65_HS1-834228961_62-HQ-83894_Serial_164
Agency: FBI
Page 58
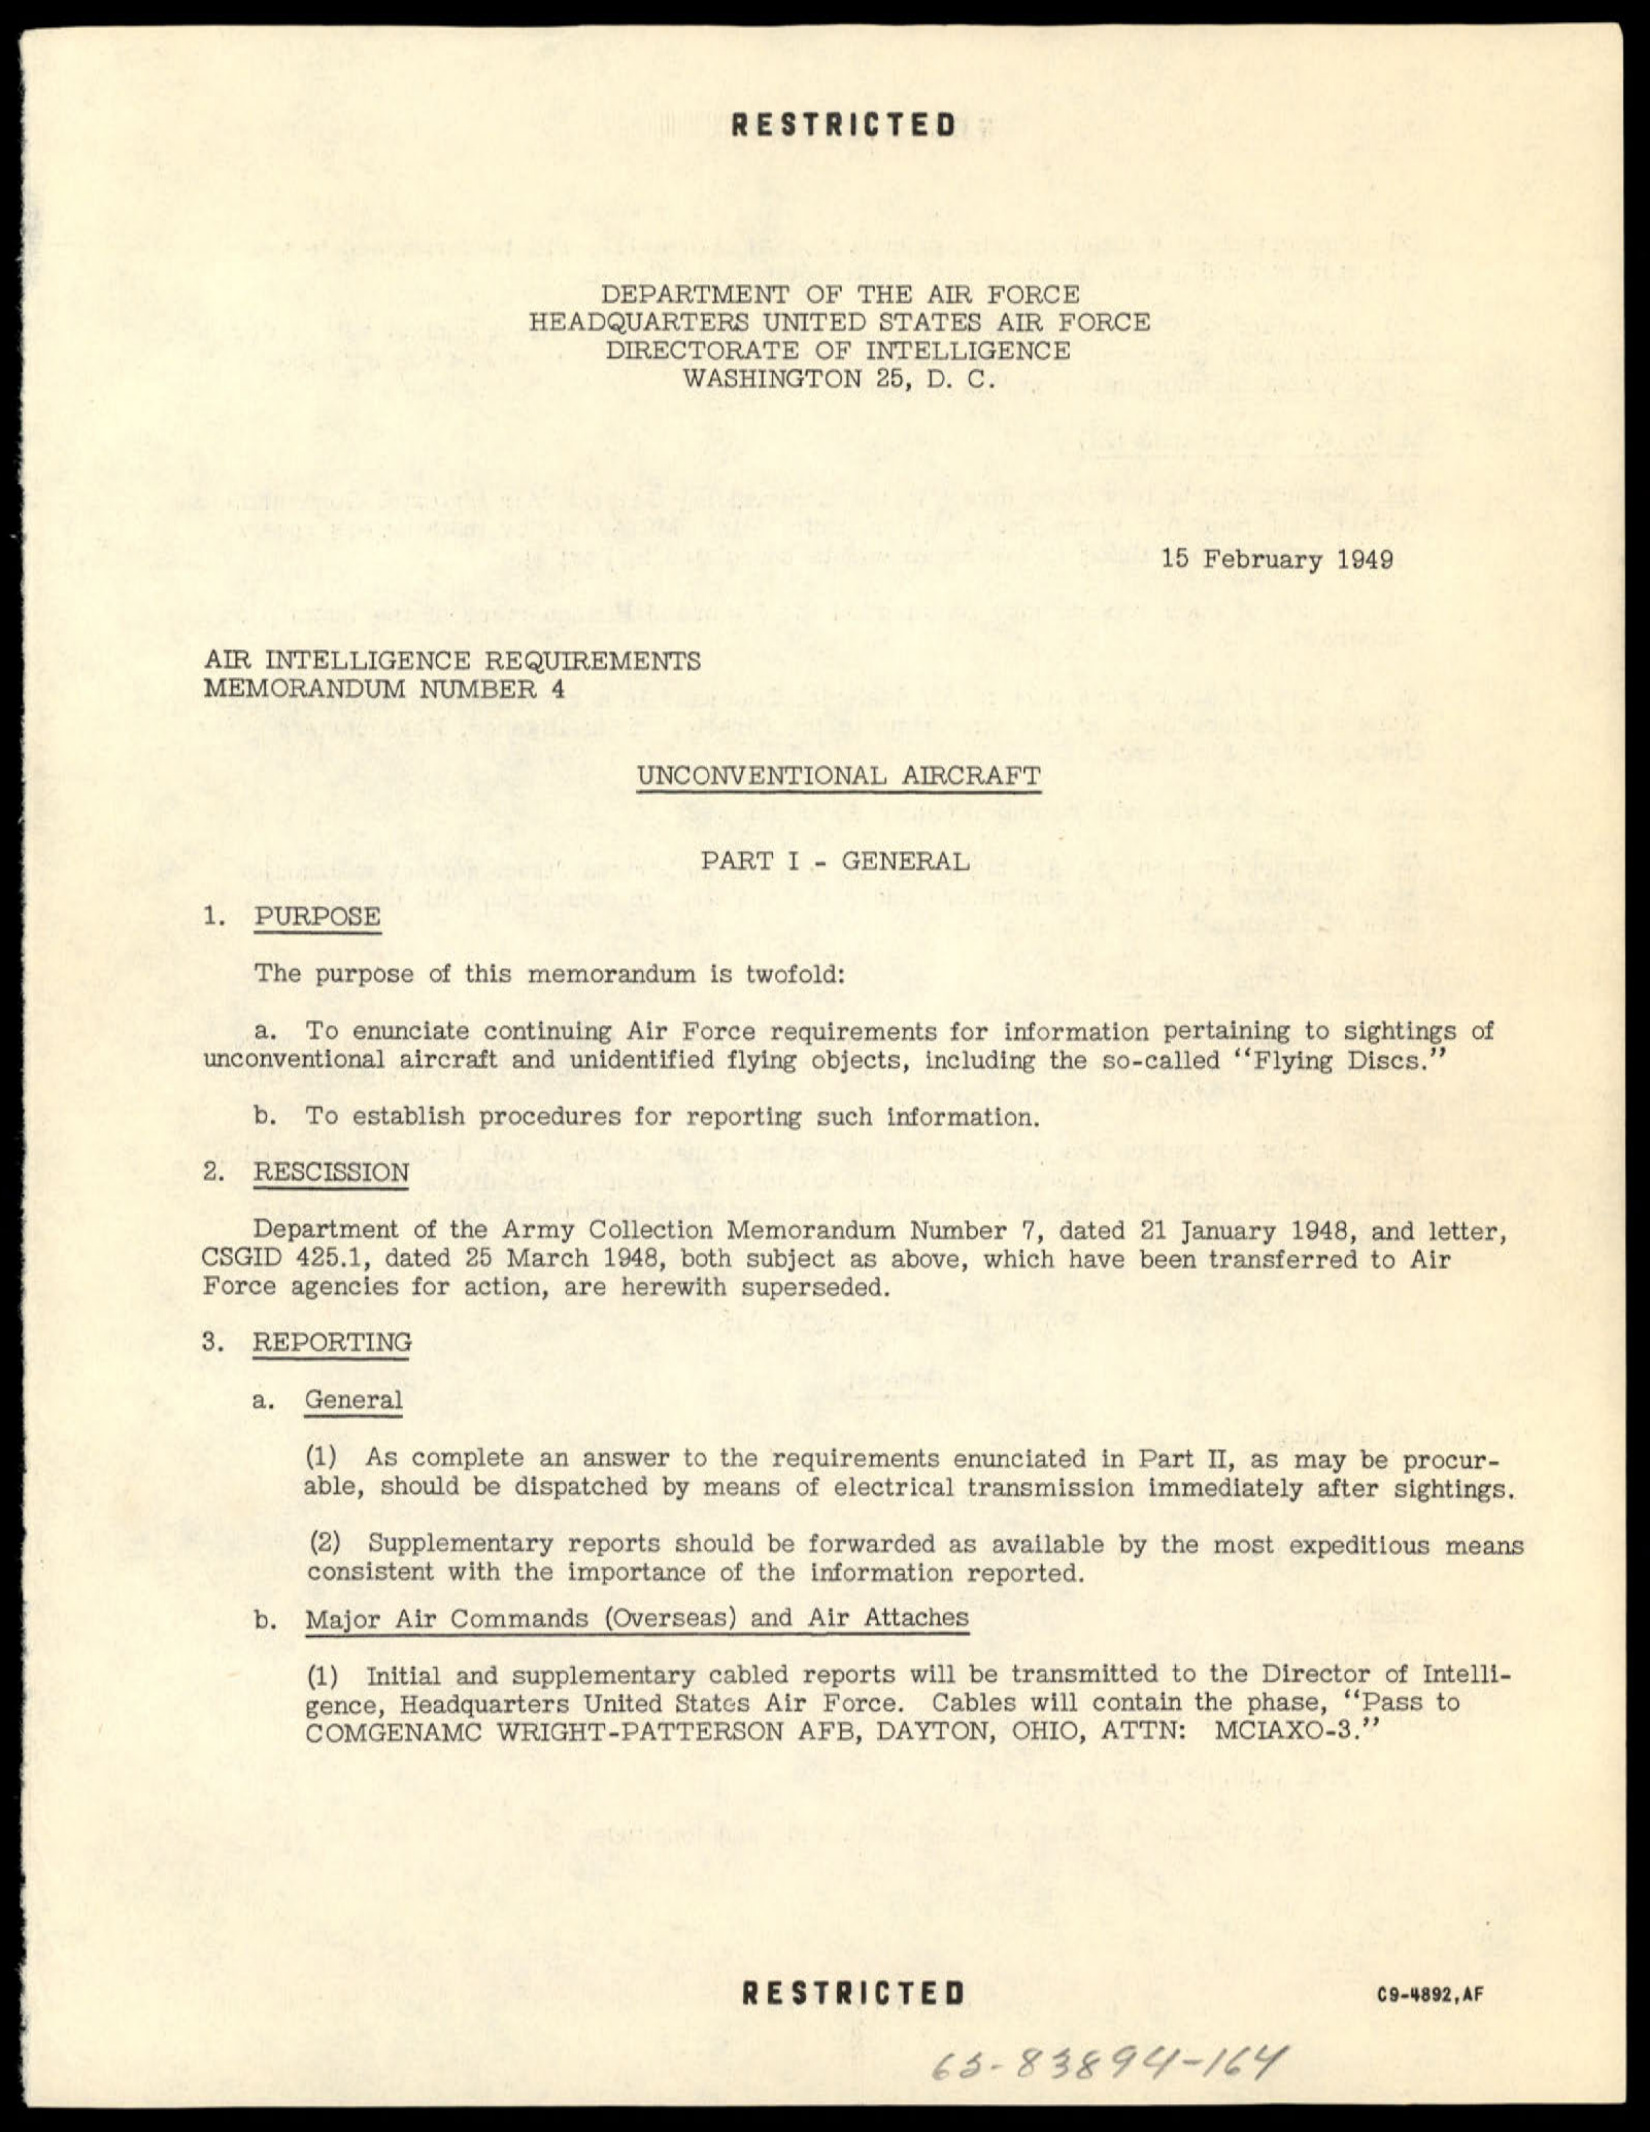